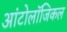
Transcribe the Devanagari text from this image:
आंटोलॉजिकल